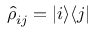
\hat { \rho } _ { i j } = | i \rangle \langle j |